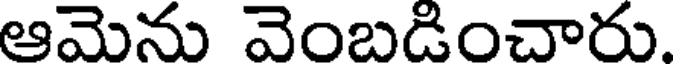
ఆమెను వెంబడించారు.